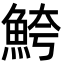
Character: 鮬